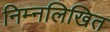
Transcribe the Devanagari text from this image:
निम्नलिखित